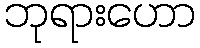
ဘုရားဟော